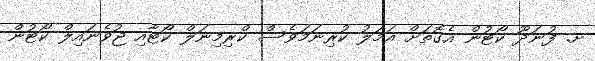
ށ. ފުނަދޫ ކޯޓުން އެގޮތަށް އަމަލު ކުރިނަމަވެސް ކްރިމިނަލް ކޯޓާއި ޖުވެނައިލް ކޯޓުން